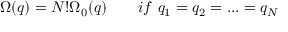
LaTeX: \Omega ( q ) = N ! \Omega _ { 0 } ( q ) \qquad i f \ q _ { 1 } = q _ { 2 } = . . . = q _ { N }